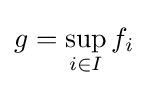
g=\sup _{i\in I}f_{i}